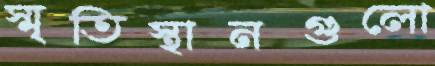
স্মৃতিস্থানগুলো